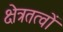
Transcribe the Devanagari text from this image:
क्षेत्रतत्वों